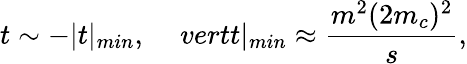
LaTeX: t\sim-\vert t\vert_{min},\ \ \ \ \, vertt\vert_{min}\approx\frac{m^{2}(2m_{c})^{2}}{s},